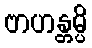
ဗာဟန္တမ္ပိ